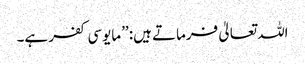
اللہ تعالیٰ فرماتے ہیں: ’’مایوسی کفر ہے۔